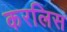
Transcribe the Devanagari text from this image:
करलिस